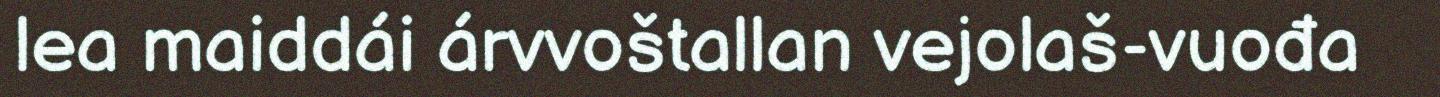
lea maiddái árvvoštallan vejolaš-vuođa